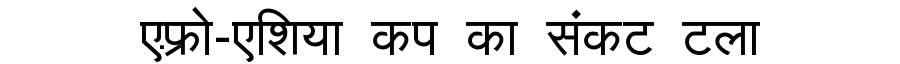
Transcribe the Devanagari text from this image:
एफ़्रो-एशिया कप का संकट टला